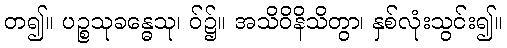
တ၍။ ပဉ္စသုခန္ဓေသု၊ ဝ်၌။ အသိဝိနိသိတွာ၊ နှစ်လုံးသွင်း၍။